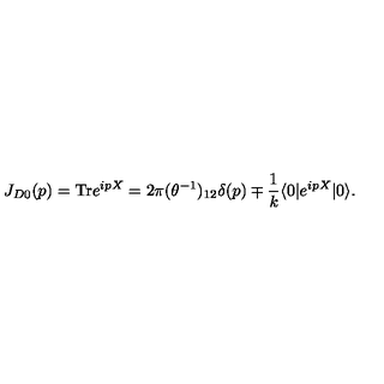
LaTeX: J _ { D 0 } ( p ) = \mathrm { T r } e ^ { i p X } = 2 \pi ( \theta ^ { - 1 } ) _ { 1 2 } \delta ( p ) \mp \frac { 1 } { k } \langle 0 | e ^ { i p X } | 0 \rangle .